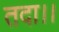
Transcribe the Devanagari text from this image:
तदा।।